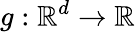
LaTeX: g:\mathbb{R}^{d}\rightarrow\mathbb{R}